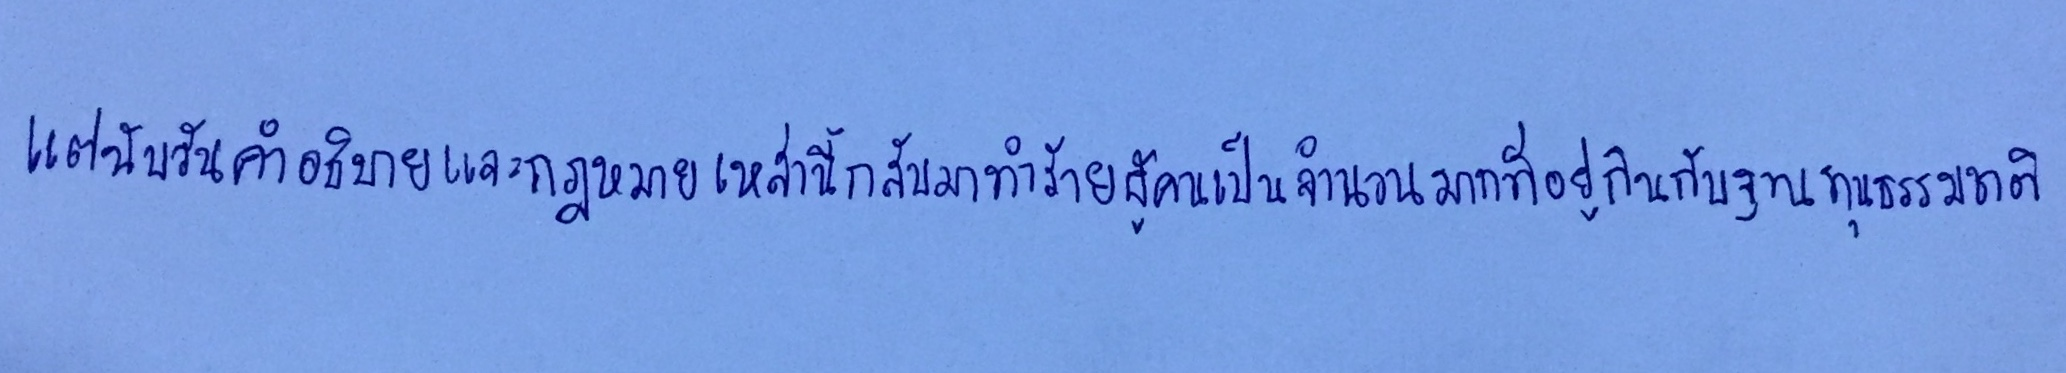
แต่นับวันคำอธิบายและกฎหมายเหล่านี้กลับมาทำร้ายผู้คนเป็นจำนวนมากที่อยู่กินกับฐานทุนธรรมชาติ